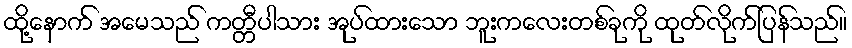
ထို့နောက် အမေသည် ကတ္တီပါသား အုပ်ထားသော ဘူးကလေးတစ်ခုကို ထုတ်လိုက်ပြန်သည်။